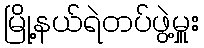
မြို့နယ်ရဲတပ်ဖွဲ့မှူး